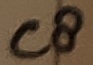
Text: C8